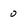
Character: 0